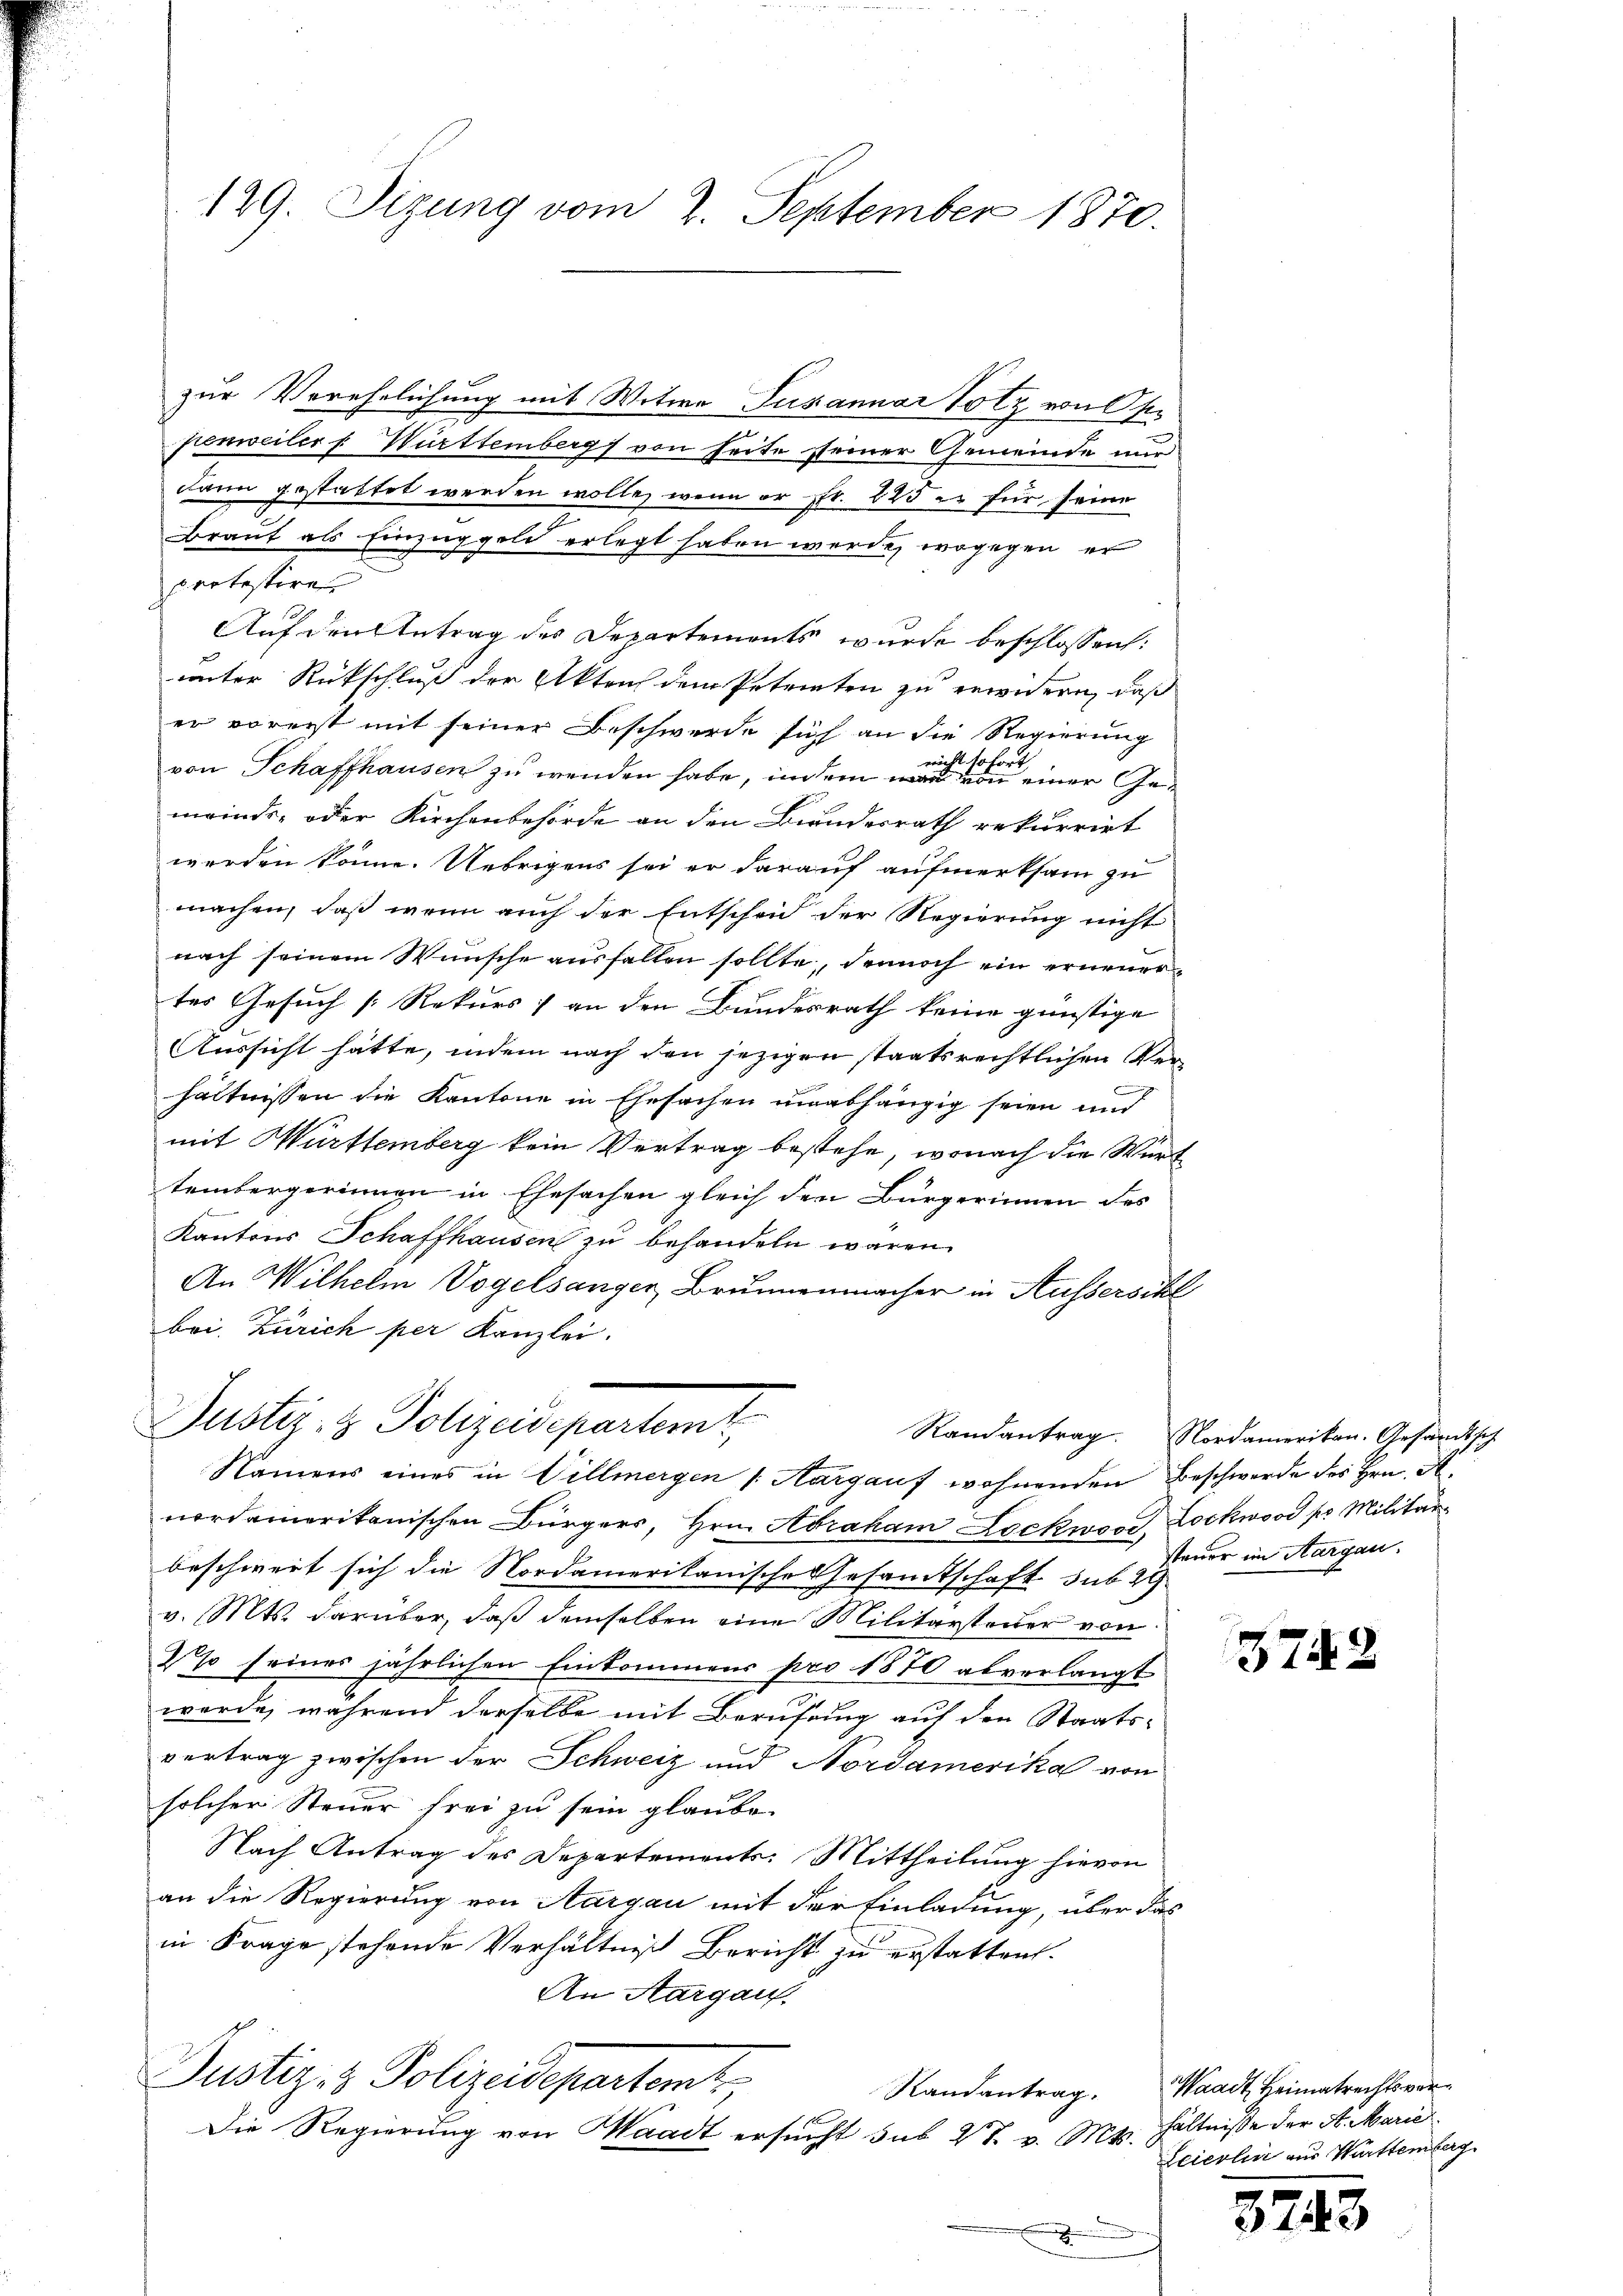
129. Sizung vom 2. September 1870.

zur Verehelichung mit Witwe Juxanuár Volz von se
penweiler f. Württemberg von Seite seiner Gemeinde nun
dann gestattet werden wolle, wenn er fr. 225 es für seine
Braut als Einzüggeld erlegt haben werde, wogegen er
protestire
Auf den Antrag des Departements wurde beschlossen:
unter Rückschluß der Akten dem Petenten zu erwidern, daß
er vorerst mit seiner Beschwerde sich an die Regierung
 sofort
t
von Schaffhausen zu wenden habe, indem war von einer Gemeinds- oder Kirchenbehörde an den Bundesrath rekurrirt
werden könne. Uebrigens sei er darauf aufmerksam zu
machen, daß wenn auch der Entscheid der Regierung nicht
nach seinem Wunsche ausfallen sollte, dennoch ein erneuertes Gesuch [Rekurs an den Bundesrath keine günstige
Aussicht hätte, indem nach den jezigen staatsrechtlichen Verhältnissen die Kantone in Ehesachen unabhängig seien und
mit Württemberg kein Vertrag bestehe, wonach die Würt
tembergerinnen in Ehesachen gleich den Bürgerinnen des
Kantons Schaffhausen zu behandeln waren.
An Wilhelm Vogelsanger, Brunnenmacher in Aussersihl
bei, Zürich per Kanzlei.

Justiz- & Polizeidepartem

Namens eines in Villmergen /: Aargauf wohnenden Beschwerde des Hrn. A.
nordamerikanischen Bürgers, Hrn. Abraham Lockwoos, Lockwood pr. Militär-
beschwert sich die Nordamerikanische Gesandtschaft sub 29.
v. Mts. darüber, daß demselben eine Militärsteuer von
so seines jährlichen Einkommens pro 1870 abverlangt
werde, während derselbe mit Berufung auf den Staats-
vertrag zwischen der Schweiz und Nordamerika von
solcher Steuer frei zu sein glaube.
Nach Antrag des Departements: Mittheilung hievon
an die Regierung von Aargau mit der Einladung, über das
in Frage stehende Verhältniß Bericht zu erstatten.
An Aargau.
Justiz- & Polizeidepartemt
Die Regierung von Waadt ersucht sub 27. v. Mts.
.

Randantrag. Nordamerikan. Gesandtsch
steuer im Aargau.

3742

Randantrag. Waadt Heimatrechtsvorhältnisse der St. Marie
Leierlin aus Württemberg

3743